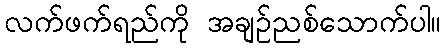
လက်ဖက်ရည်ကို အချဉ်ညစ်သောက်ပါ။